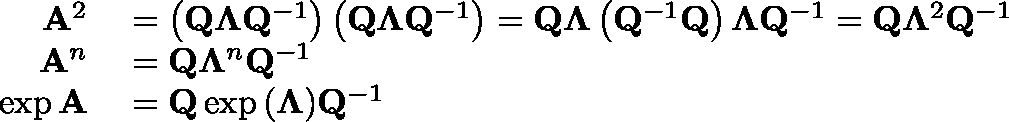
\begin{array} { r l } { \mathbf { A } ^ { 2 } } & { { } = \left( \mathbf { Q } \mathbf { \Lambda } \mathbf { Q } ^ { - 1 } \right) \left( \mathbf { Q } \mathbf { \Lambda } \mathbf { Q } ^ { - 1 } \right) = \mathbf { Q } \mathbf { \Lambda } \left( \mathbf { Q } ^ { - 1 } \mathbf { Q } \right) \mathbf { \Lambda } \mathbf { Q } ^ { - 1 } = \mathbf { Q } \mathbf { \Lambda } ^ { 2 } \mathbf { Q } ^ { - 1 } } \\ { \mathbf { A } ^ { n } } & { { } = \mathbf { Q } \mathbf { \Lambda } ^ { n } \mathbf { Q } ^ { - 1 } } \\ { \exp { \mathbf { A } } } & { { } = \mathbf { Q } \exp { ( \mathbf { \Lambda } ) } \mathbf { Q } ^ { - 1 } } \end{array}